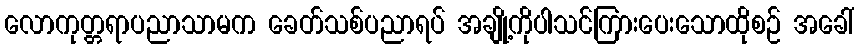
လောကုတ္တရာပညာသာမက ခေတ်သစ်ပညာရပ် အချို့ကိုပါသင်ကြားပေးသောထိုစဉ် အခေါ်